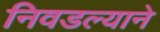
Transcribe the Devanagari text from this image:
निवडल्याने